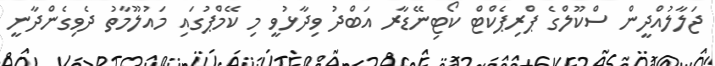
ޖަލާލުއްދީން ސްކޫލްގެ ޕްރިޕެކްޓް ކޯޓިނޭޑާރ އަބްދު ވިދާޅުވީ މި ކޭމްޕުގައި މައުލޫމާތު ދެވިގެންދާނީ